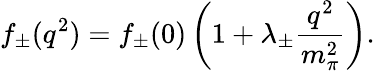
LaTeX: f_{\pm}(q^{2})=f_{\pm}(0)\left(1+\lambda_{\pm}\frac{q^{2}}{m_{\pi}^{2}}\right).